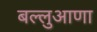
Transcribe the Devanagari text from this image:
बल्लुआणा